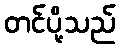
တင်ပို့သည်